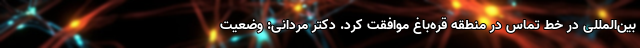
بین‌المللی در خط تماس در منطقه قره‌باغ موافقت کرد. دکتر مردانی: وضعیت